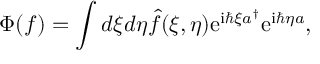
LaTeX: \Phi ( f ) = \int d \xi d \eta \hat { f } ( \xi , \eta ) \mathrm { e } ^ { \mathrm { i } \hbar \xi a ^ { \dagger } } \mathrm { e } ^ { \mathrm { i } \hbar \eta a } ,